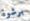
برشوة